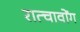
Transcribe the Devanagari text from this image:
रात्चावोंग